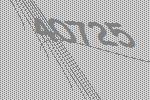
40725